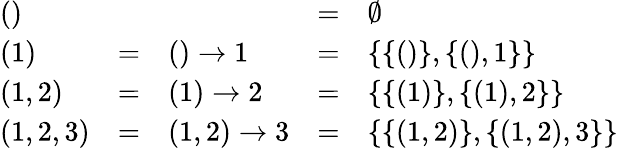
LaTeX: \begin{array}{lclcl}{()}&{}&{}&{=}&{\emptyset}\\ {(1)}&{=}&{()\rightarrow 1}&{=}&{\{ \{ ()\} ,\{ (),1\} \} }\\ {(1,2)}&{=}&{(1)\rightarrow 2}&{=}&{\{ \{ (1)\} ,\{ (1),2\} \} }\\ {(1,2,3)}&{=}&{(1,2)\rightarrow 3}&{=}&{\{ \{ (1,2)\} ,\{ (1,2),3\} \} }\end{array}